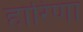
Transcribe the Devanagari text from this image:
हारिणा